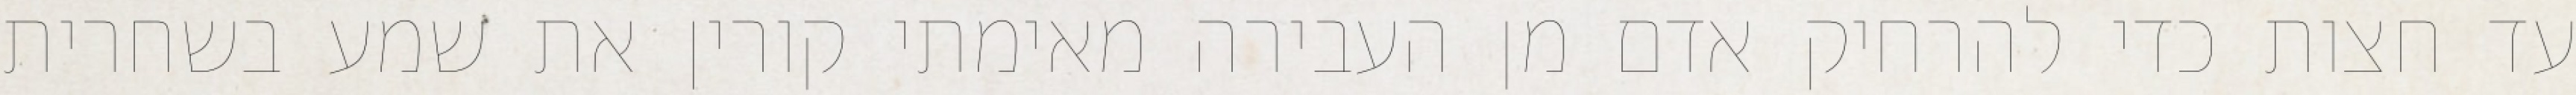
עד חצות כדי להרחיק אדם מן העבירה מאימתי קורין את שמע בשחרית